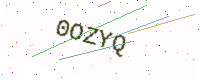
Text: 0OZYQ